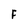
Character: F